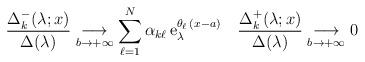
LaTeX: \begin{align*}\frac{\Delta_k^-(\lambda;x)}{\Delta(\lambda)}\underset{b\to+\infty}{\longrightarrow}\sum_{\ell=1}^{N} \alpha_{k\ell}\,\mathrm{e}_{\lambda}^{\theta_{\ell}\,(x-a)}\quad\frac{\Delta_k^+(\lambda;x)}{\Delta(\lambda)}\underset{b\to+\infty}{\longrightarrow}0\end{align*}